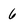
Character: 6